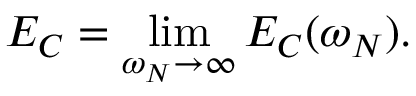
E _ { C } = \operatorname * { l i m } _ { \omega _ { N } \rightarrow \infty } E _ { C } ( \omega _ { N } ) .